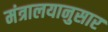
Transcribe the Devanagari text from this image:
मंत्रालयानुसार